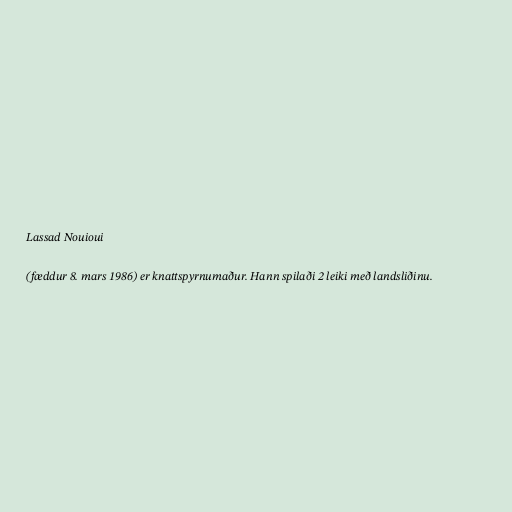
Lassad Nouioui

(fæddur 8. mars 1986) er knattspyrnumaður. Hann spilaði 2 leiki með landsliðinu.